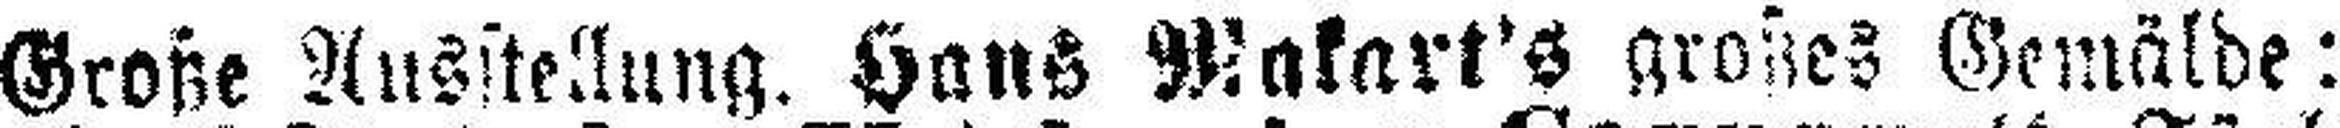
Große Ausstellung. Hans Makart's großes Gemälde: „Vene¬